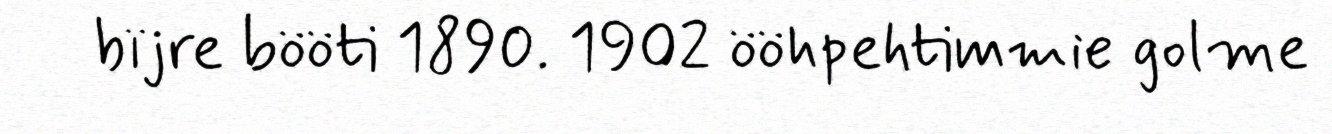
bïjre bööti 1890. 1902 ööhpehtimmie golme